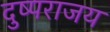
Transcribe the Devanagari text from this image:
दुष्पराजय